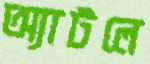
অ্যাটলে